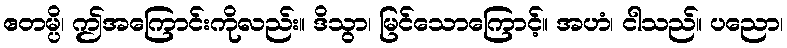
ဧတမ္ပိ၊ ဤအကြောင်းကိုလည်း။ ဒိသွာ၊ မြင်သောကြောင့်။ အဟံ၊ ငါသည်။ ပညော၊